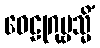
ဝေဠုဂုမ္ဗသ္မိံ